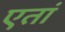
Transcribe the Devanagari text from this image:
एतां